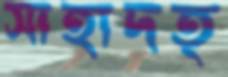
সাহাদত্